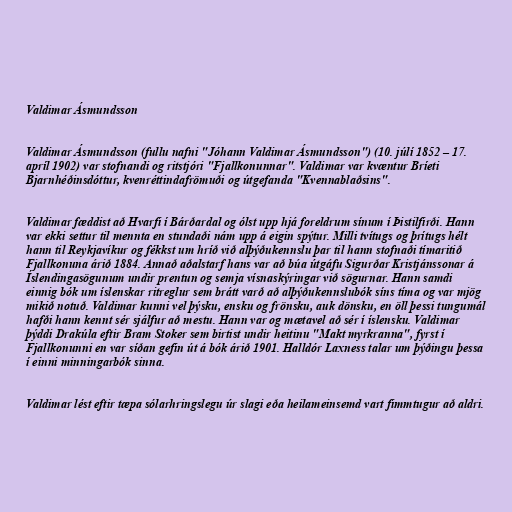
Valdimar Ásmundsson

Valdimar Ásmundsson (fullu nafni "Jóhann Valdimar Ásmundsson") (10. júlí 1852 – 17.
apríl 1902) var stofnandi og ritstjóri "Fjallkonunnar". Valdimar var kvæntur Bríeti
Bjarnhéðinsdóttur, kvenréttindafrömuði og útgefanda "Kvennablaðsins".

Valdimar fæddist að Hvarfi í Bárðardal og ólst upp hjá foreldrum sínum í Þistilfirði. Hann
var ekki settur til mennta en stundaði nám upp á eigin spýtur. Milli tvítugs og þrítugs hélt
hann til Reykjavíkur og fékkst um hríð við alþýðukennslu þar til hann stofnaði tímaritið
Fjallkonuna árið 1884. Annað aðalstarf hans var að búa útgáfu Sigurðar Kristjánssonar á
Íslendingasögunum undir prentun og semja vísnaskýringar við sögurnar. Hann samdi
einnig bók um íslenskar ritreglur sem brátt varð að alþýðukennslubók síns tíma og var mjög
mikið notuð. Valdimar kunni vel þýsku, ensku og frönsku, auk dönsku, en öll þessi tungumál
hafði hann kennt sér sjálfur að mestu. Hann var og mætavel að sér í íslensku. Valdimar
þýddi Drakúla eftir Bram Stoker sem birtist undir heitinu "Makt myrkranna", fyrst í
Fjallkonunni en var síðan gefin út á bók árið 1901. Halldór Laxness talar um þýðingu þessa
í einni minningarbók sinna.

Valdimar lést eftir tæpa sólarhringslegu úr slagi eða heilameinsemd vart fimmtugur að aldri.